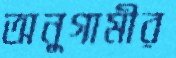
অনুগামীর